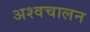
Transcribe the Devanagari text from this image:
अश्वचालन